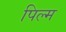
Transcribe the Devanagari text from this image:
पिल्म